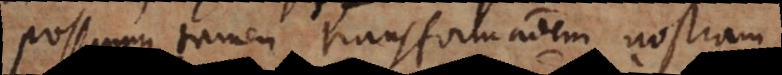
Possumus tamen transformationem nostra